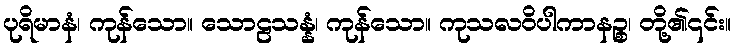
ပုရိမာနံ၊ ကုန်သော။ သောဠသန္နံ၊ ကုန်သော။ ကုသလဝိပါကာနဉ္စ၊ တို့၏၎င်း။